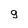
Character: g